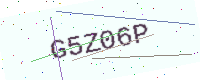
Text: G5Z06P